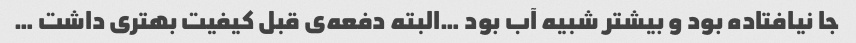
جا نیافتاده بود و بیشتر شبیه آب بود …البته دفعه‌ی قبل کیفیت بهتری داشت …